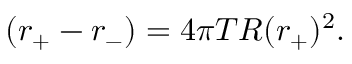
( r _ { + } - r _ { - } ) = 4 \pi T R ( r _ { + } ) ^ { 2 } .